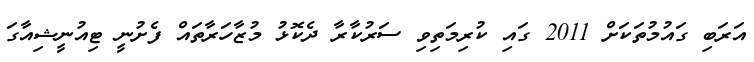
އަރަބި ގައުމުތަކަށް 2011 ގައި ކުރިމަތިވި ސަރުކާރާ ދެކޮޅު މުޒާހަރާތައް ފެށުނީ ޓިއުނީޝިއާގަ